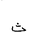
Letter: _tha